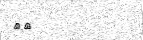
٩٧